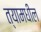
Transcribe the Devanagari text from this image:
त्‍यामधील